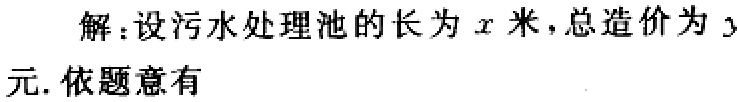
解：设污水处理池的长为\(x\)米，总造价为\(y\)元. 依题意有